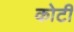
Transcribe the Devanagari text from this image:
कोटीं